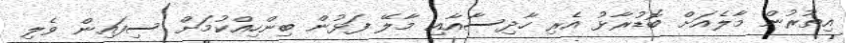
އިތުރުން މާލެއަށް ބޮޑުރާޅު އެރި ހާދިސާއާއި މާލޭ ފަޅުން ބިންހިއްކުމަށް ސިފައިން ވެލި